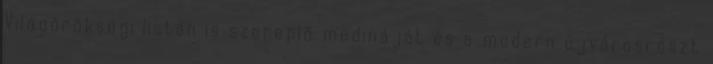
Világörökségi listán is szereplő medináját és a modern újvárosrészt